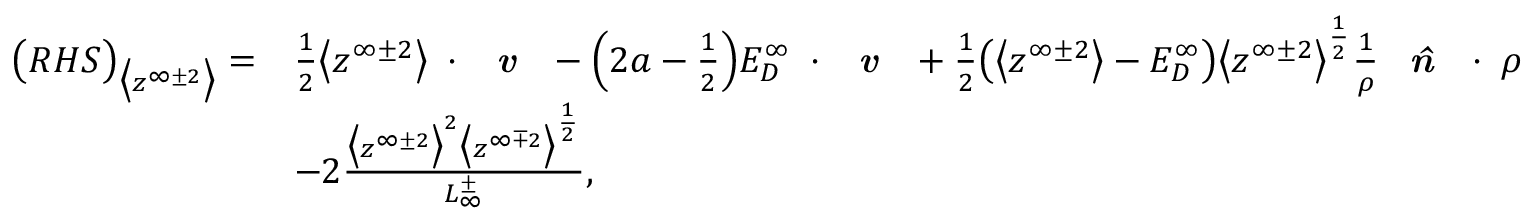
\begin{array} { r l } { \big ( R H S \big ) _ { \big < z ^ { \infty \pm 2 } \big > } = } & { \frac { 1 } { 2 } \big < z ^ { \infty \pm 2 } \big > \mathbf { \nabla } \cdot \textbf { \emph { v } } - \Big ( 2 a - \frac { 1 } { 2 } \Big ) E _ { D } ^ { \infty } \mathbf { \nabla } \cdot \textbf { \emph { v } } + \frac { 1 } { 2 } \big ( \big < z ^ { \infty \pm 2 } \big > - E _ { D } ^ { \infty } \big ) \big < z ^ { \infty \pm 2 } \big > ^ { \frac { 1 } { 2 } } \frac { 1 } { \rho } \textbf { \emph { \^ n } } \cdot \mathbf { \nabla } \rho } \\ & { - 2 \frac { \big < z ^ { \infty \pm 2 } \big > ^ { 2 } \big < z ^ { \infty \mp 2 } \big > ^ { \frac { 1 } { 2 } } } { L _ { \infty } ^ { \pm } } , } \end{array}